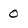
Character: 0